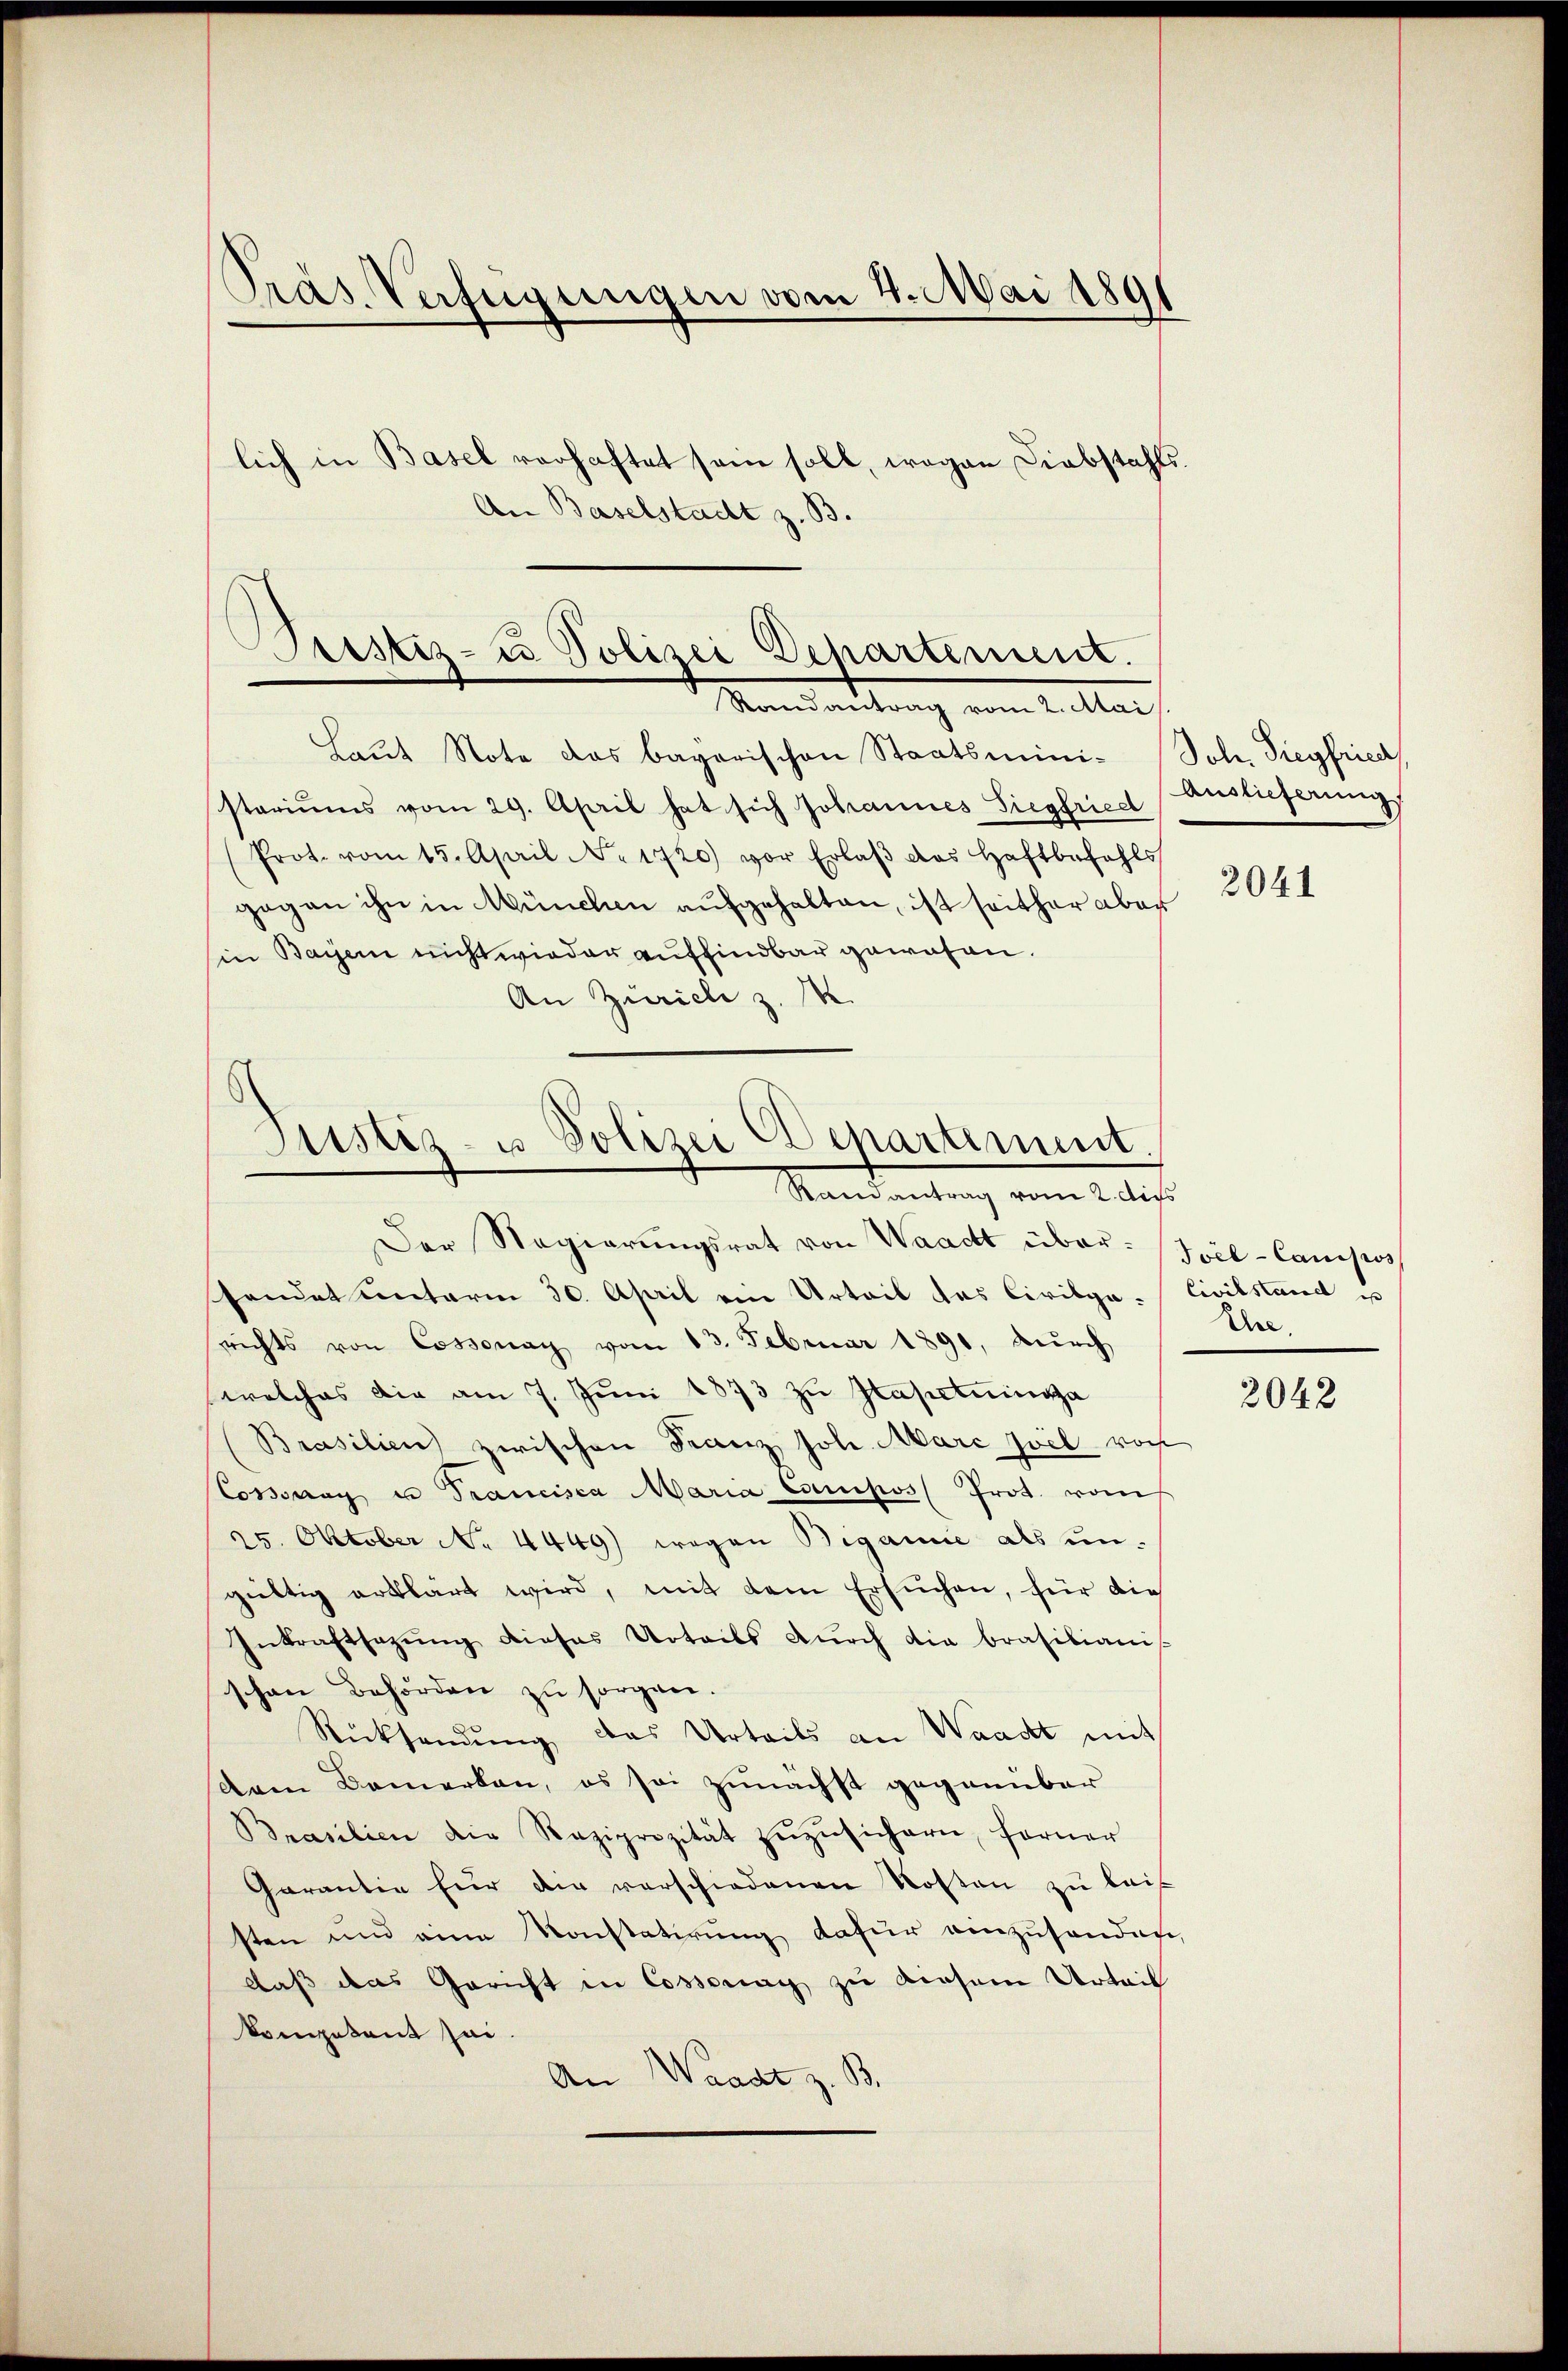
Pras Verfügungen vom 4. Mai 1891

Brestiz- u Polizei Departement.
Mandantrag vom 1. Mar

Laŭt Note das bayerischen Staatsmini- Joh. Siegfried,
stariums vom 29. April hat sich Johannes Siegfried
Prot. vom 15. April No 1720) vor Erlaβ das Haftbefahls
gegen ihn in München aufgehalten, ist seither aber
in Baier nicht wieder auffindbar gewesen.
An Zürich z. M.

Justiz- u. Polizei Departiment.
Randantrag vom 2. dies
Der Regierŭngsrat von Waadt über-Joil-Camisos

lich in Basel verhaftet sein soll, wegen Diebstahls
An Baselstadt z. B.

sendet unterm 30. April ein Urteil das Civilga-Civilstand es
richts von Cossonay vom 13. Februar 1890, durch
welches die am 7. Jŭni 1873 zŭ Hapctainga
Brasilien zwischen Franz Joh. Marc zwil vorh
Cossung u Trancisca Maria Compos Prot. vom
25. Oktober No 4449) wegen Bigamie als un-
gültig erklärt wird, mit dem Ersuchen, für die
Inkraftsazŭng dieses Urteils dŭrch die brasiliani-
schen Behörden zu sorgen.
Rücksendŭng das Urteils an Waadt mit
dem Bemerken, es sei zunächst gegenüber
Brasilien die Reziprozität zŭzŭsichern, ferner
Garantie für die verschiedenen Kosten zu lais
sten und eine Konstatirŭng dafür einzusenden,
daß das Gericht in Cossonay zu diesem Urteil
kompetent sei.
An Waadt z. B.

Auslieferung

2041

Ehre,

2042